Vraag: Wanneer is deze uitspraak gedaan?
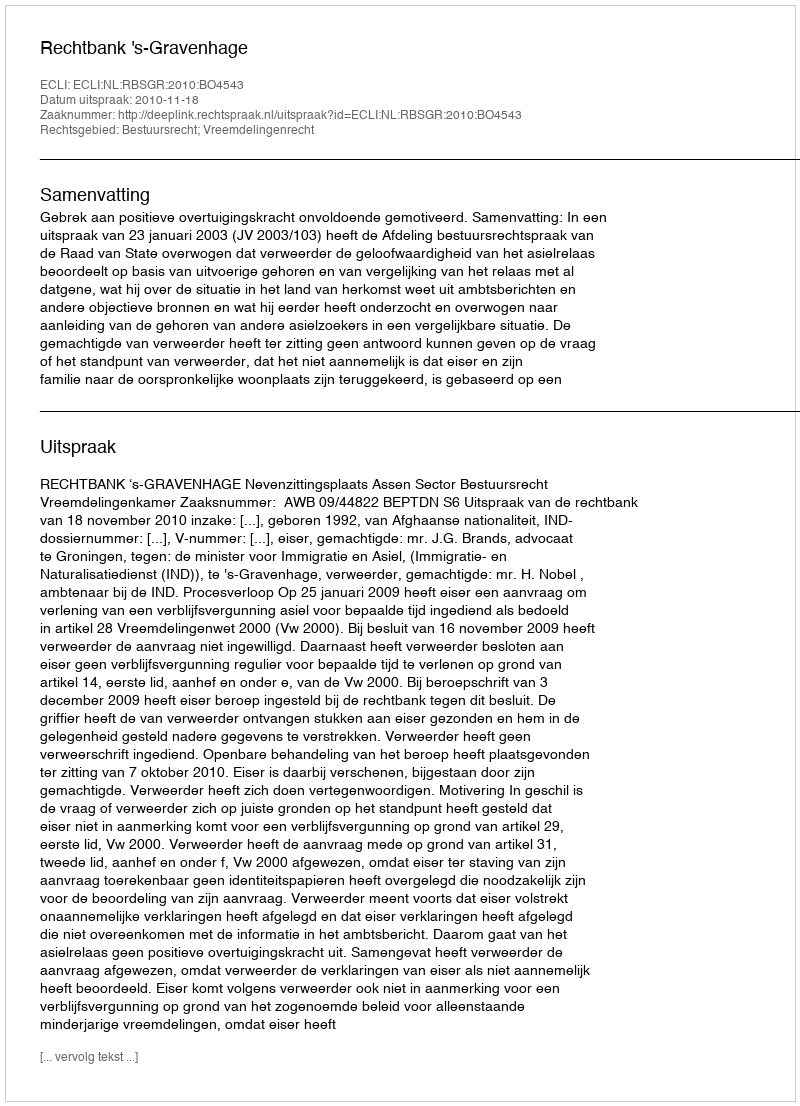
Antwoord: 2010-11-18